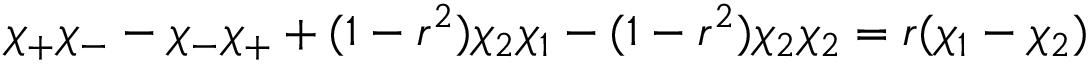
\chi _ { + } \chi _ { - } - \chi _ { - } \chi _ { + } + ( 1 - r ^ { 2 } ) \chi _ { 2 } \chi _ { 1 } - ( 1 - r ^ { 2 } ) \chi _ { 2 } \chi _ { 2 } = r ( \chi _ { 1 } - \chi _ { 2 } )